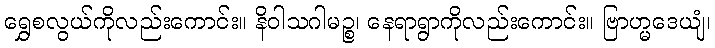
ရွှေစလွယ်ကိုလည်းကောင်း။ နိဝါသဂါမဉ္စ၊ နေရာရွာကိုလည်းကောင်း။ ဗြာဟ္မဒေယျံ၊